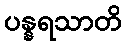
ပန္နရသာတိ